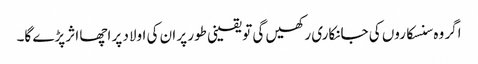
اگر وہ سنسکاروں کی جانکاری رکھیں گی تو یقینی طور پر ان کی اولاد پر اچھا اثر پڑے گا۔